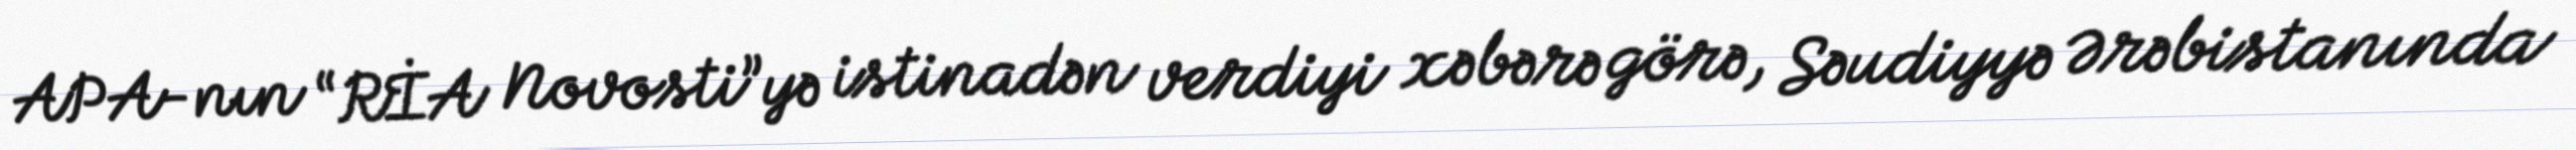
APA-nın “RİA Novosti”yə istinadən verdiyi xəbərə görə, Səudiyyə Ərəbistanında